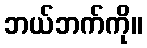
ဘယ်ဘက်ကို။